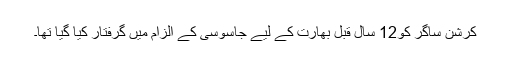
کرشن ساگر کو12 سال قبل بھارت کے لیے جاسوسی کے الزام میں گرفتار کیا گیا تھا۔